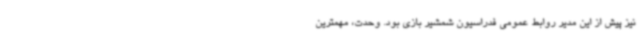
نیز پیش از این مدیر روابط عمومی فدراسیون شمشیر بازی بود. وحدت، مهمترین